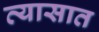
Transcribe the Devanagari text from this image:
व्यासात